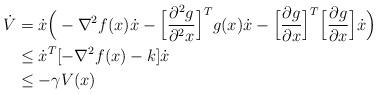
LaTeX: \begin{align*} \dot{V}&=\dot{x}\Big(-\nabla^2 f(x)\dot{x} - \Big[\frac{\partial^2 g}{\partial^2 x}\Big]^Tg(x)\dot{x} - \Big[\frac{\partial g}{\partial x}\Big]^T\Big[\frac{\partial g}{\partial x}\Big]\dot{x}\Big)\\ &\leq \dot{x}^T[-\nabla^2f(x)-k]\dot{x}\\ &\leq -\gamma V(x)\end{align*}